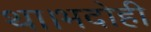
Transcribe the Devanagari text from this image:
था।भदोही